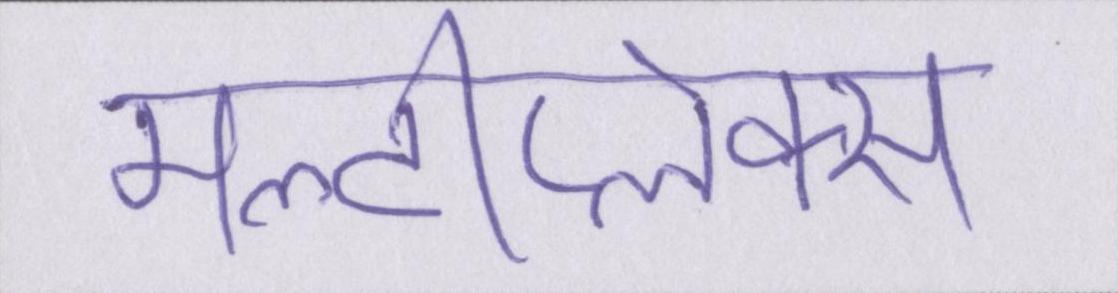
मल्टीप्लेक्स